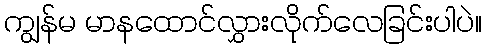
ကျွန်မ မာနထောင်လွှားလိုက်လေခြင်းပါပဲ။